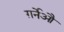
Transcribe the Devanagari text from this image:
ग़र्नेऔ